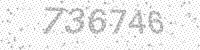
Solution: 736746